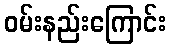
ဝမ်းနည်းကြောင်း